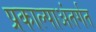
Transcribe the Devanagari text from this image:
प्रकाल्पाअंतर्गत